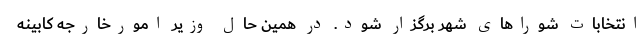
انتخابات شوراهای شهر برگزار ‌شود. در همین حال وزیر امورخارجه کابینه